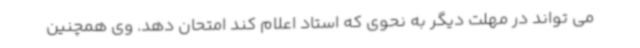
می تواند در مهلت دیگر به نحوی که استاد اعلام کند امتحان دهد. وی همچنین